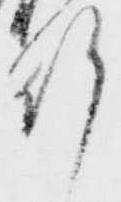
行